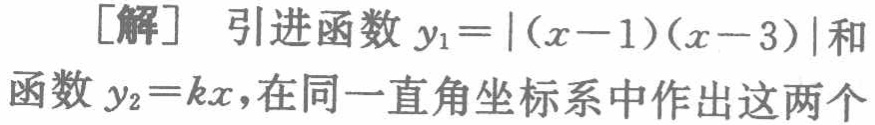
[解] 引进函数 \(y_{1}=|(x - 1)(x - 3)|\) 和函数 \(y_{2}=kx\)，在同一直角坐标系中作出这两个